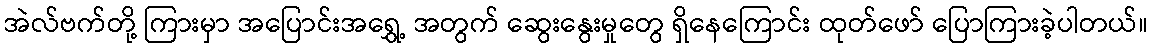
အဲလ်ဗက်တို့ ကြားမှာ အပြောင်းအရွှေ့ အတွက် ဆွေးနွေးမှုတွေ ရှိနေကြောင်း ထုတ်ဖော် ပြောကြားခဲ့ပါတယ်။